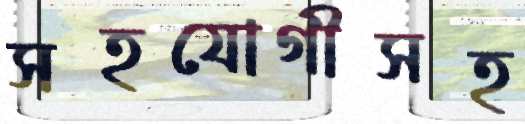
সহযোগীসহ